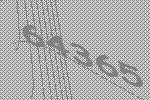
64365